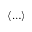
\langle \ldots \rangle